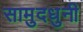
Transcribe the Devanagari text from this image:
सामुदधुनी